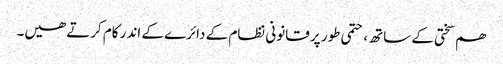
ھم سختی کے ساتھ، حتمی طور پر قانونی نظام کے دائرے کے اندر کام کرتے ھیں۔